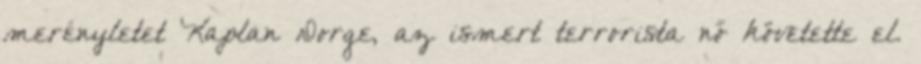
merényletet Kaplan Dorge, az ismert terrorista nő követette el.